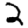
Digit: 2